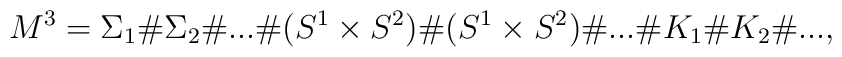
M^3 = {\Sigma_1} \# {\Sigma_2} \# ... \# (S^1 \times S^2) \# (S^1 \times S^2) \# ... \# K_1 \# K_2 \# ...,